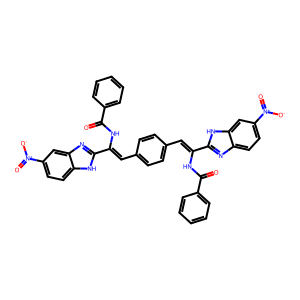
SMILES: O=C(NC(=Cc1ccc(C=C(NC(=O)c2ccccc2)c2nc3ccc([N+](=O)[O-])cc3[nH]2)cc1)c1nc2cc([N+](=O)[O-])ccc2[nH]1)c1ccccc1
Inhibits HIV replication: No